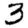
Digit: 3